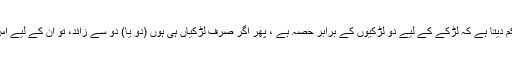
ارشادِ ربانی ہے :(ترجمہ) اللہ تمھیں تمھاری اولاد (کی وراثت) کے بارے میں حکم دیتا ہے کہ لڑکے کے لیے دو لڑکیوں کے برابر حصہ ہے ، پھر اگر صرف لڑکیاں ہی ہوں (دو یا) دو سے زائد، تو ان کے لیے اس ترکے کا دو تہائی حصہ ہے اور اگر وہ اکیلی ہو تو اس کے لیے آدھا حصہ ہے ۔